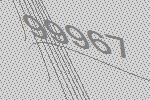
99967